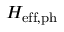
H _ { \mathrm { e f f , p h } }